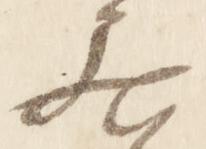
居